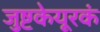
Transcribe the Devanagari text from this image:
जुष्टकेयूरकं